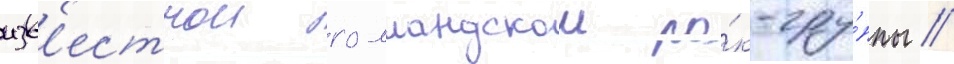
изв'естнои голландскои ро́к-гру́ппы //